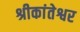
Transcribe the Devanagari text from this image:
श्रीकांतेश्वर